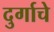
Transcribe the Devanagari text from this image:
दुर्गाचे